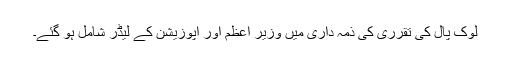
لوک پال کی تقرری کی ذمہ داری میں وزیر اعظم اور اپوزیشن کے لیڈر شامل ہو گئے۔